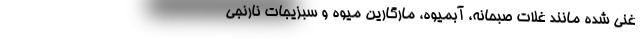
غنی شده مانند غلات صبحانه، آبمیوه، مارگارین میوه و سبزیجات نارنجی